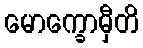
မောက္ခောမှီတိ